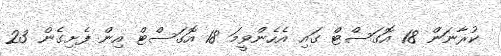
ކުރާނަން 18 އޮގަސްޓް ގައި އެހެންވީމަ 18 އޮގަސްޓް އިން ފެށިގެން 23